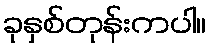
ခုနှစ်တုန်းကပါ။